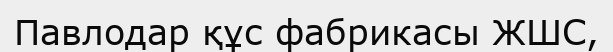
Павлодар құс фабрикасы ЖШС,